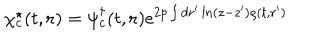
\chi _ { c } ^ { \star } ( t , { \bf r } ) = \psi _ { c } ^ { \dagger } ( t , { \bf r } ) e ^ { 2 p \int d { \bf r } ^ { \prime } \ln ( z - z ^ { \prime } ) \varrho ( t , { \bf r } ^ { \prime } ) }